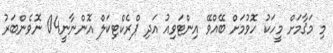
މި މަޤާމަށް މީހަކު ހޮވުމަށް ބޭއްވޭ އިންޓަވިއު އަދި ޕްރެކްޓިކަލް އޮންނާނީ04 ނޮވެންބަރު